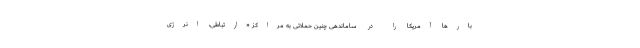
بار‌ها آمریکا را در ساماندهی چنین حملاتی به مراکز «ارتباطی، انرژی